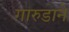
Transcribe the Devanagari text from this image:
गारुडाने